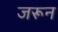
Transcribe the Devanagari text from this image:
जरून